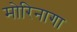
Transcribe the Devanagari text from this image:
मोरिनागा